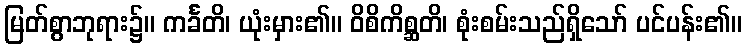
မြတ်စွာဘုရား၌။ ကင်္ခတိ၊ ယုံးမှား၏။ ဝိစိကိစ္ဆတိ၊ စုံးစမ်းသည်ရှိသော် ပင်ပန်း၏။